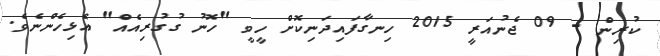
ކުރިން - 09 ޖެނުއަރީ 2015 ހިނގާފައިދަނިކޮށް ހީވީ "ހޮނު ގުގުރިއެއް" އެޅިހެންނެވެ.